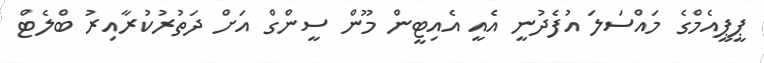
ޕީޕީއެމްގެ މައްސަލަ އުފެދުނީ އެއީ އެއިޓީން މޫން ސީންގް އަށް ދަތުރުކުރާއިރު ބްލެޓް